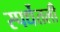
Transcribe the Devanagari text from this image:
स्पर्धेतली